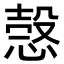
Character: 愨